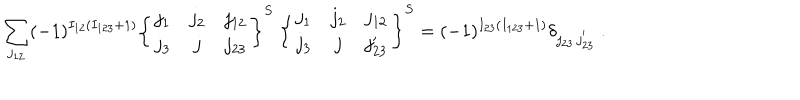
\sum _ { j _ { 1 2 } } ( - 1 ) ^ { I _ { 1 2 } ( I _ { 1 2 3 } + 1 ) } \left\{ \begin{array} { c c c } { { j _ { 1 } } } & { { j _ { 2 } } } & { { j _ { 1 2 } } } \\ { { j _ { 3 } } } & { { j } } & { { j _ { 2 3 } } } \\ \end{array} \right\} ^ { S } ~ \left\{ \begin{array} { c c c } { { j _ { 1 } } } & { { j _ { 2 } } } & { { j _ { 1 2 } } } \\ { { j _ { 3 } } } & { { j } } & { { j _ { 2 3 } ^ { \prime } } } \\ \end{array} \right\} ^ { S } = ( - 1 ) ^ { I _ { 2 3 } ( I _ { 1 2 3 } + 1 ) } \delta _ { j _ { 2 3 } \, j _ { 2 3 } ^ { ' } } ~ .